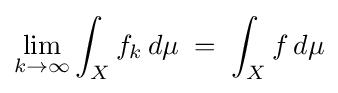
\displaystyle \lim _{k\to \infty }\int _{X}f_{k}\,d\mu \;=\;\int _{X}f\,d\mu